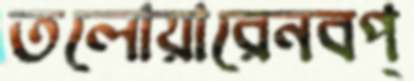
তলোয়ারেনবপ্